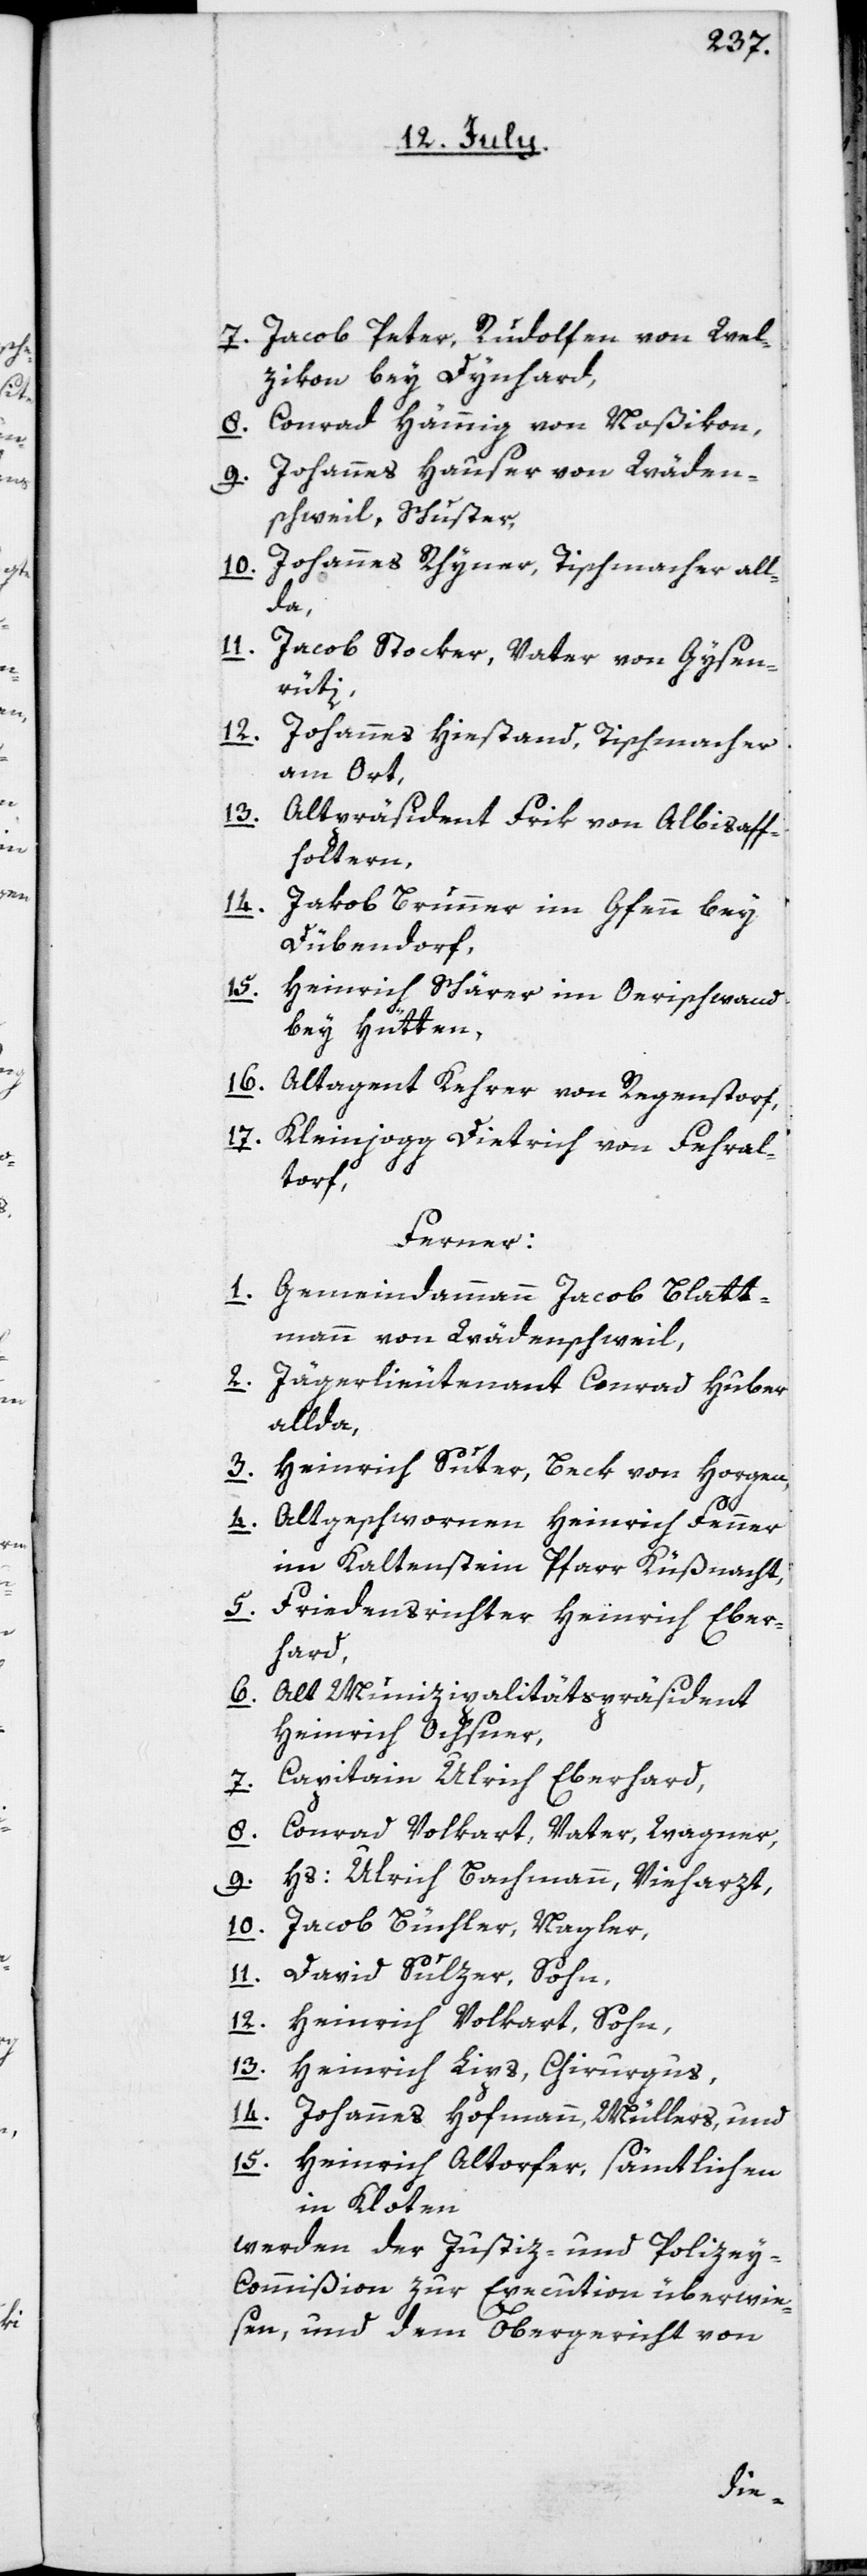
7. Jacob Peter, Rudolfen, von Wel¬
zikon bey Dynhard,
8. Conrad Hämmig von Noßikon,
9. Johannes Hauser von Wäden¬
schweil, Schuster,
Johannes Rhyner, Tischmacher, all¬
10.
da,
11.
Jakob Stocker Vater, von Gysen¬
rüti,
12.
Johannes Hiestand, Tischmacher,
am Ort,
13.
Altpräsident Frik von Albisaf¬
foltern,
14.
Jakob Brunner, im Gfenn bey
Dübendorf,
15.
Heinrich Schärer, im Oerischwand
bey Hütten,
16. Altagent Kehrer von Regenstorf,
17. Kleinjogg Dietrich von Fehral¬
torf,
Ferner:
1. Gemeindammann Jacob Blatt¬
mann von Wädenschweil,
2. Jägerlieutenant Conrad Huber,
allda,
3. Heinrich Suter,
Beck von Horgen,
4. Altgeschwornen
Heinrich Fenner,
im Kaltenstein,
Pfarr Küßnacht,
5. Friedensrichter
Heinrich Eber¬
hard,
6. Altmunizipalitätspräsident
Heinrich Ochsner,
7. Capitain Ulrich Eberhard,
8. Conrad Volkart, Vater, Wagner,
9. Hs: Ulrich Bachmann, Vieharzt,
10. Jacob Büchler, Nagler,
11. David Sulzer, Sohn,
12. Heinrich Volkart, Sohn,
13. Heinrich Lips, Chirurgus,
14. Johannes Hofmann, Müllers, und
15. Heinrich Altorfer, – sämtlichen
in Kloten
werden der Justiz- und Polize¬
y-Commißion zur Execution überwie¬
sen, und dem Obergericht von